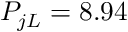
P _ { j L } = 8 . 9 4